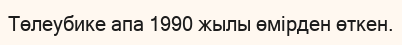
Төлеубике апа 1990 жылы өмірден өткен.